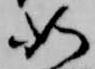
如